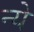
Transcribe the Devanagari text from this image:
न्‍ये